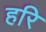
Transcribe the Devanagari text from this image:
हरि